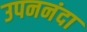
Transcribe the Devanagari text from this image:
उपननंदा